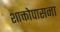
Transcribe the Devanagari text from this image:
शाक्तोपासना